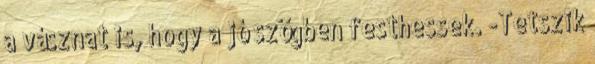
a vásznat is, hogy a jó szögben festhessek. -Tetszik